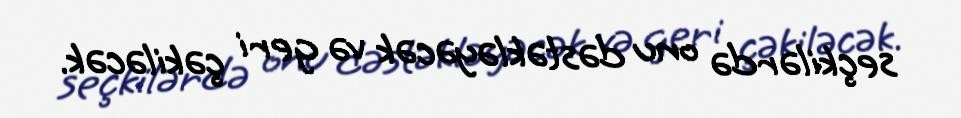
seçkilərdə onu dəstəkləyəcək və geri çəkiləcək.